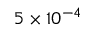
5 \times 1 0 ^ { - 4 }